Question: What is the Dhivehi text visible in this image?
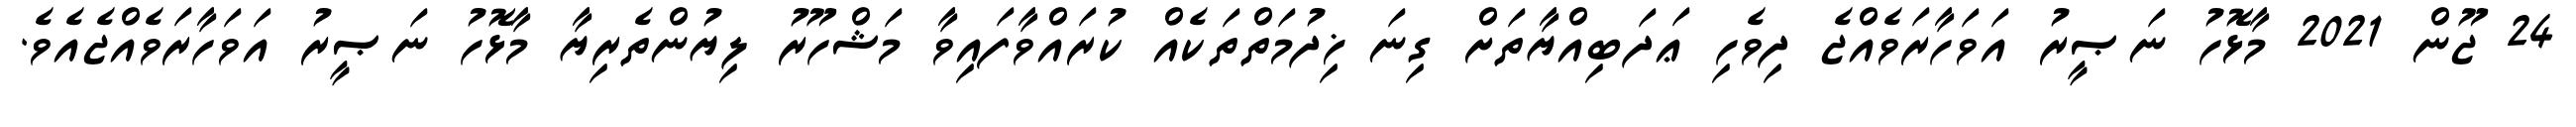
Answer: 24 ޖޫން 2021 މާޅޮހު ނަޞީރު އަވަހާރަވެއްޖެ ދިވެހި ޢަދަބިއްޔާތަށް ގިނަ ޚިދުމަތްތަކެއް ކުރައްވާފައިވާ މަޝްހޫރު ލިޔުންތެރިޔާ މާޅޮހު ނަޞީރު އަވަހާރަވެއްޖެއެވެ.